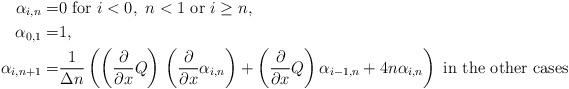
LaTeX: \begin{align*}\alpha_{i,n}=&0\mbox{ for } i<0,\ n<1\mbox{ or }i\geq n,\\\alpha_{0,1}=&1,\\\alpha_{i,n+1}=&\frac1{{\Delta} n}\left(\left({\partial \over\partial x}Q\right){}\left({\partial \over\partial x}\alpha_{i,n}\right)+\left({\partial \over\partial x}Q\right)\alpha_{i-1,n}+4n\alpha_{i,n}\right){}\mbox{ in the other cases}\end{align*}